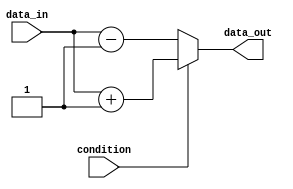
module if_else_statement (
    input wire condition,
    input wire data_in,
    output reg data_out
);
  
always @(*) begin
    if (condition) begin
        // Code block executed if condition is true
        data_out = data_in + 1;
    end else begin
        // Code block executed if condition is false
        data_out = data_in - 1;
    end
end

endmodule